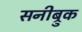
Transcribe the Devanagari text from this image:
सनीब्रुक